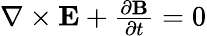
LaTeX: \begin{array}{r}{\nabla\times\mathbf{E}+{\frac{\partial\mathbf{B}}{\partial t}}=0}\end{array}